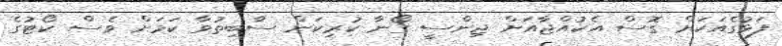
ފަޅުގެއަކަށް ގޮސް އެކުއްޖާއަށް ޖިންސީ ގޯނާ ކުރިކަން ސާބިތުވާ ކަމަށް ވެސް ކޯޓުގެ